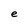
Character: e